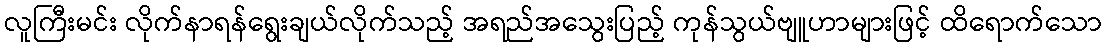
လူကြီးမင်း လိုက်နာရန်ရွေးချယ်လိုက်သည့် အရည်အသွေးပြည့် ကုန်သွယ်ဗျူဟာများဖြင့် ထိရောက်သော